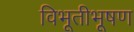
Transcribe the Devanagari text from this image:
विभूतीभूषण